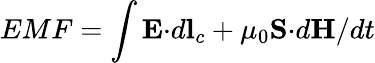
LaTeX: EMF=\int{\mathbf E\cdot}d{\mathbf l_{c}}+\mu_{0}{\mathbf S\cdot}d{\mathbf H}/dt